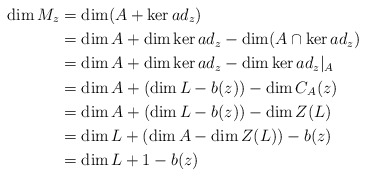
\begin{align*}\dim M_{z}&=\dim (A+\ker ad_{z})\cr&=\dim A+\dim \ker ad_{z}-\dim (A \cap \ker ad_{z})\cr&=\dim A+\dim \ker ad_{z}-\dim \ker ad_{z}|_{A}\cr&=\dim A+(\dim L-b(z))-\dim C_{A}(z)\cr&=\dim A+(\dim L-b(z))-\dim Z(L) \cr&=\dim L+(\dim A-\dim Z(L))-b(z)\cr&= \dim L+1-b(z) \end{align*}